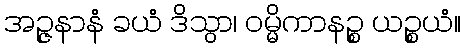
အဉ္ဇနာနံ ခယံ ဒိသွာ၊ ဝမ္မိကာနဉ္စ ယဉ္စယံ။